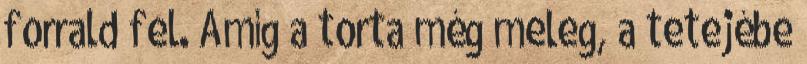
forrald fel. Amíg a torta még meleg, a tetejébe